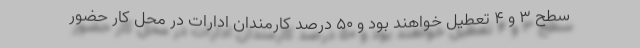
سطح ۳ و ۴ تعطیل خواهند بود و ۵۰ درصد کارمندان ادارات در محل کار حضور